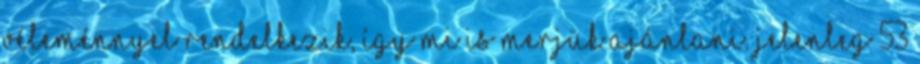
véleménnyel rendelkezik, így mi is merjük ajánlani. Jelenleg 53